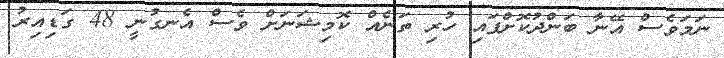
ނަމަވެސް އޭނާ ބަންދުކޮށްފައި ހުރި ތަނެއް ކޮމިޝަނަށް ވެސް އެނގުނީ 48 ގަޑިއިރު